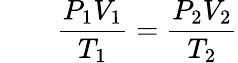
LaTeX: \qquad{\frac{P_{1}V_{1}}{T_{1}}}={\frac{P_{2}V_{2}}{T_{2}}}